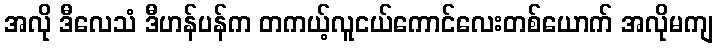
အလို ဒီလေသံ ဒီဟန်ပန်က တကယ့်လူငယ်ကောင်လေးတစ်ယောက် အလိုမကျ